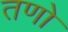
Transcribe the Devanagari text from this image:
तणो